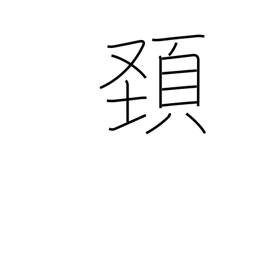
Meaning: head